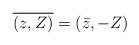
LaTeX: \begin{align*}\overline{(z,Z)}=(\bar z, -Z) \end{align*}